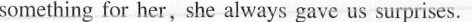
something for her, she always gave us surprises.